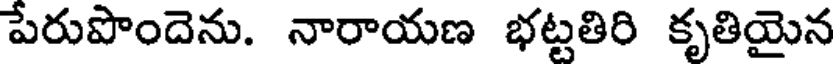
పేరుపొందెను. నారాయణ భట్టతిరి కృతియైన